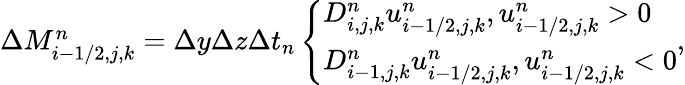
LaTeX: \begin{array}{r}{\Delta M_{i-1/2,j,k}^{n}=\Delta y\Delta z\Delta t_{n}\left\{ \begin{array}{ll}{D_{i,j,k}^{n}u_{i-1/2,j,k}^{n},u_{i-1/2,j,k}^{n}>0}\\ {D_{i-1,j,k}^{n}u_{i-1/2,j,k}^{n},u_{i-1/2,j,k}^{n}<0}\end{array}\right.,}\end{array}